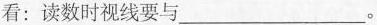
看：读数时视线要与___。